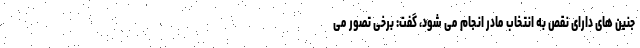
جنین های دارای نقص به انتخاب مادر انجام می شود، گفت: برخی تصور می